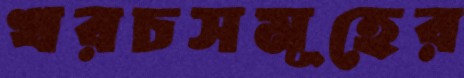
খরচসমূহের